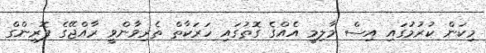
މިކަން ކުރުމުގައި އިސް މާލިމީ އެއްގެ ގޮތުގައި ހަރަކާތް ތެރިވާންވީ ރާއްޖޭގެ ފޮރިންގް